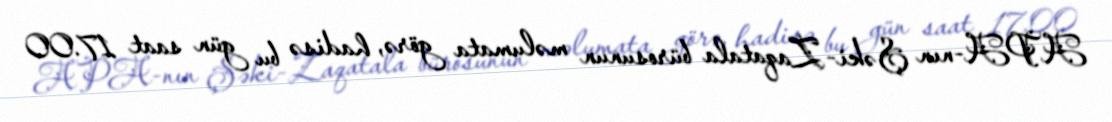
APA-nın Şəki-Zaqatala bürosunun məlumata görə, hadisə bu gün saat 17.00